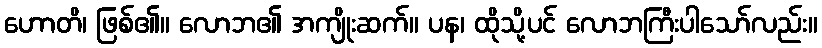
ဟောတိ၊ ဖြစ်၏။ လောဘ၏ အကျိုးဆက်။ ပန၊ ထိုသို့ပင် လောဘကြီးပါသော်လည်း။